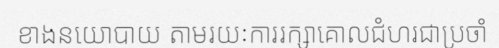
ខាងនយោបាយ តាមរយៈការរក្សាគោលជំហរជាប្រចាំ